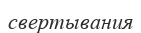
свертывания